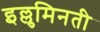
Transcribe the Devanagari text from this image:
इल्लुमिनती